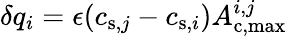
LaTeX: \delta q_{i}=\epsilon(c_{\mathrm{s},j}-c_{\mathrm{s},i})A_{\mathrm{c,max}}^{i,j}